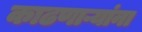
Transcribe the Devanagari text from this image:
काढणाऱ्यांना